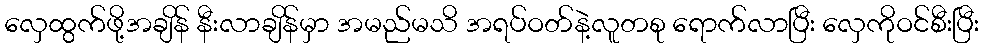
လှေထွက်ဖို့အချိန် နီးလာချိန်မှာ အမည်မသိ အရပ်ဝတ်နဲ့လူတစု ရောက်လာပြီး လှေကိုဝင်စီးပြီး